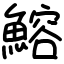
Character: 鰫